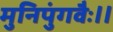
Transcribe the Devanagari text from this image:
मुनिपुंगवैः॥